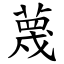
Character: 蔑